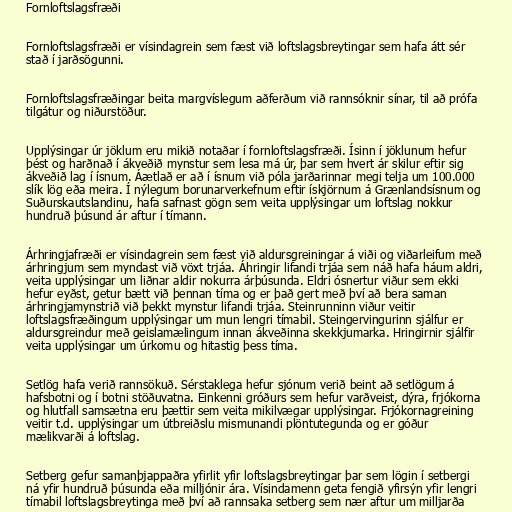
Fornloftslagsfræði

Fornloftslagsfræði er vísindagrein sem fæst við loftslagsbreytingar sem hafa átt sér
stað í jarðsögunni.

Fornloftslagsfræðingar beita margvíslegum aðferðum við rannsóknir sínar, til að prófa
tilgátur og niðurstöður.

Upplýsingar úr jöklum eru mikið notaðar í fornloftslagsfræði. Ísinn í jöklunum hefur
þést og harðnað í ákveðið mynstur sem lesa má úr, þar sem hvert ár skilur eftir sig
ákveðið lag í ísnum. Áætlað er að í ísnum við póla jarðarinnar megi telja um 100.000
slík lög eða meira. Í nýlegum borunarverkefnum eftir ískjörnum á Grænlandsísnum og
Suðurskautslandinu, hafa safnast gögn sem veita upplýsingar um loftslag nokkur
hundruð þúsund ár aftur í tímann.

Árhringjafræði er vísindagrein sem fæst við aldursgreiningar á viði og viðarleifum með
árhringjum sem myndast við vöxt trjáa. Áhringir lifandi trjáa sem náð hafa háum aldri,
veita upplýsingar um liðnar aldir nokurra árþúsunda. Eldri ósnertur viður sem ekki
hefur eyðst, getur bætt við þennan tíma og er það gert með því að bera saman
árhringjamynstrið við þekkt mynstur lifandi trjáa. Steinrunninn viður veitir
loftslagsfræðingum upplýsingar um mun lengri tímabil. Steingervingurinn sjálfur er
aldursgreindur með geislamælingum innan ákveðinna skekkjumarka. Hringirnir sjálfir
veita upplýsingar um úrkomu og hitastig þess tíma.

Setlög hafa verið rannsökuð. Sérstaklega hefur sjónum verið beint að setlögum á
hafsbotni og í botni stöðuvatna. Einkenni gróðurs sem hefur varðveist, dýra, frjókorna
og hlutfall samsætna eru þættir sem veita mikilvægar upplýsingar. Frjókornagreining
veitir t.d. upplýsingar um útbreiðslu mismunandi plöntutegunda og er góður
mælikvarði á loftslag.

Setberg gefur samanþjappaðra yfirlit yfir loftslagsbreytingar þar sem lögin í setbergi
ná yfir hundruð þúsunda eða milljónir ára. Vísindamenn geta fengið yfirsýn yfir lengri
tímabil loftslagsbreytinga með því að rannsaka setberg sem nær aftur um milljarða